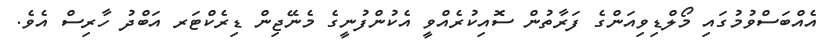
އެއްބަަސްވުމުގައި މޯލްޑިވިއަންގެ ފަރާތުން ސޮއިކުރެއްވީ އެކުންފުނީގެ މެނޭޖިން ޑިރެކްޓަރ އަބްދު ހާރިސް އެވެ.